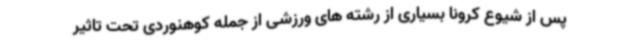
پس از شیوع کرونا بسیاری از رشته های ورزشی از جمله کوهنوردی تحت تاثیر